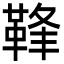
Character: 𩊩